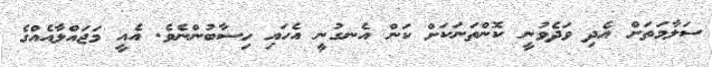
ސަލާމަތަށް އެދި ވަދެވުނީ ކޮންތަނަކަށް ކަން އެނގުނީ އެހައި ހިސާބުންނެވެ. އެއީ މަޖައްލާއެއްގެ